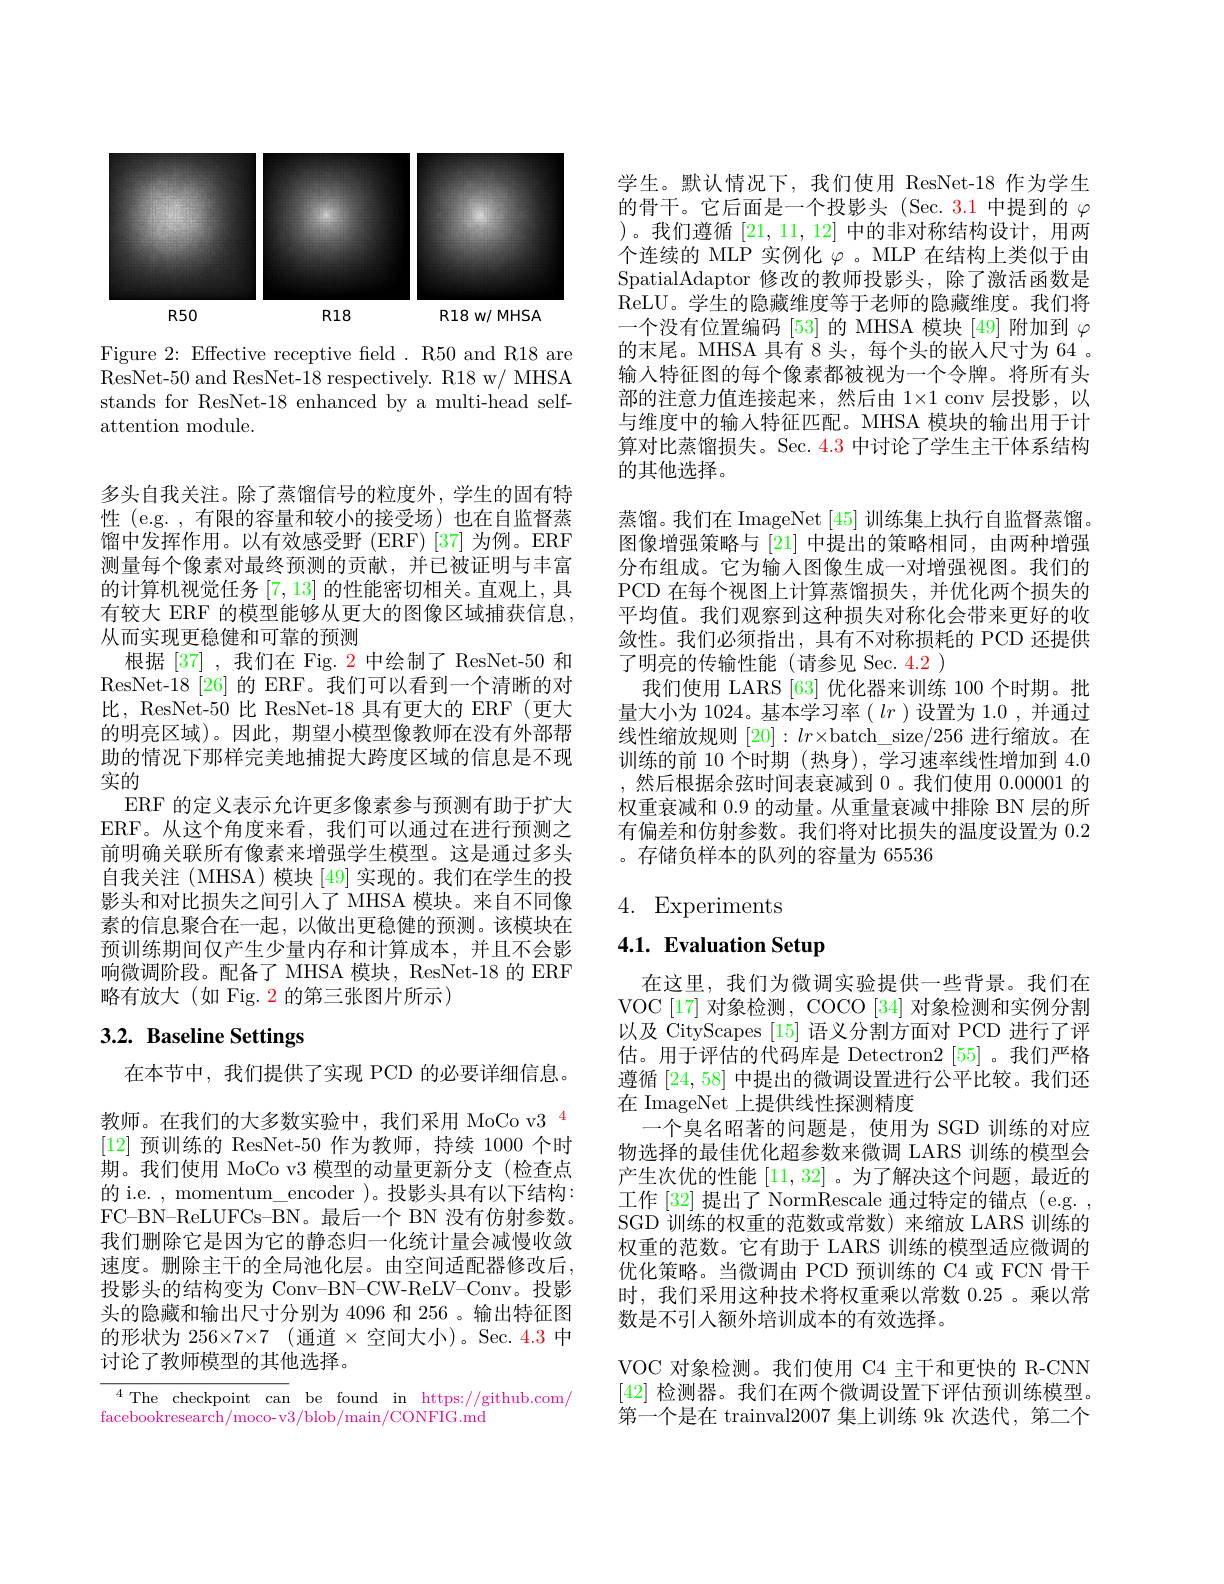
<FigureHere>

Figure 2: Effective receptive field. R50 and R18 are ResNet-50 and ResNet-18 respectively. R18 w/ MHSA stands for ResNet-18 enhanced by a multi-head selfattention module.

多头自我关注。除了蒸馏信号的粒度外，学生的固有特性 (e.g. ,有限的容量和较小的接受场)也在自监督蒸馏中发挥作用。以有效感受野(ERF)[37]为例。ERF 测量每个像素对最终预测的贡献，并已被证明与丰富的计算机视觉任务[7,13]的性能密切相关。直观上，具有较大 ERF 的模型能够从更大的图像区域捕获信息， 从而实现更稳健和可靠的预测
根据 [37] ,我们在 Fig. 2 中绘制了 ResNet-50 和ResNet-18[26] 的 ERF。我们可以看到一个清晰的对比，ResNet-50 比 ResNet-18 具有更大的 ERF (更大的明亮区域)。因此，期望小模型像教师在没有外部帮助的情况下那样完美地捕捉大跨度区域的信息是不现实的
ERF 的定义表示允许更多像素参与预测有助于扩大ERF。从这个角度来看，我们可以通过在进行预测之前明确关联所有像素来增强学生模型。这是通过多头自我关注 (MHSA) 模块 [49] 实现的。我们在学生的投影头和对比损失之间引入了 MHSA 模块。来自不同像素的信息聚合在一起，以做出更稳健的预测。该模块在预训练期间仅产生少量内存和计算成本，并且不会影响微调阶段。配备了 MHSA 模块，ResNet-18 的 ERF 略有放大(如 Fig. 2 的第三张图片所示)

# 3.2. Baseline Settings

在本节中，我们提供了实现 PCD 的必要详细信息。教师。在我们的大多数实验中，我们采用 MoCo v3 $^{\color{#c00}{4}}$ [12]预训练的 ResNet-50 作为教师，持续 1000 个时期。我们使用 MoCo v3 模型的动量更新分支 (检查点的 i.e. , momentum\_encoder )。投影头具有以下结构： FC-BN-ReLUFCs-BN。最后一个 BN 没有仿射参数。我们删除它是因为它的静态归一化统计量会减慢收敛速度。删除主干的全局池化层。由空间适配器修改后， 投影头的结构变为 Conv-BN-CW-ReLV-Conv。投影头的隐藏和输出尺寸分别为 4096 和 256 。输出特征图的形状为 256×7×7(通道×空间大小)。Sec. 4.3 中讨论了教师模型的其他选择。

$\overline{{^4\text{The}\:\mathrm{checkpoint}\:\mathrm{can}\:\mathrm{be}\:\mathrm{found}\:\mathrm{in}\:\mathrm{https:}//\mathrm{github.com/}}}$
facebookresearch/moco-v3/blob/main/CONFIG.md

学生。默认情况下，我们使用 ResNet-18 作为学生的骨干。它后面是一个投影头(Sec.3.1 中提到的$\varphi$ )。我们遵循[21,11,12]中的非对称结构设计，用两个连续的 MLP 实例化$\varphi$ 。MLP 在结构上类似于由SpatialAdaptor 修改的教师投影头，除了激活函数是ReLU。学生的隐藏维度等于老师的隐藏维度。我们将一个没有位置编码 [53] 的 MHSA 模块 [49] 附加到$\varphi$ 的末尾。MHSA 具有 8 头，每个头的嵌人尺寸为 64 。输入特征图的每个像素都被视为一个令牌。将所有头部的注意力值连接起来，然后由 1×1 conv 层投影，以与维度中的输入特征匹配。MHSA 模块的输出用于计算对比蒸馏损失。Sec. 4. 3 中讨论了学生主干体系结构的其他选择。
蒸馏。我们在 ImageNet [45] 训练集上执行自监督蒸馏。图像增强策略与[21]中提出的策略相同，由两种增强分布组成。它为输入图像生成一对增强视图。我们的PCD 在每个视图上计算蒸馏损失，并优化两个损失的平均值。我们观察到这种损失对称化会带来更好的收敛性。我们必须指出，具有不对称损耗的 PCD 还提供了明亮的传输性能(请参见 Sec. 4.2 )
我们使用 LARS [63] 优化器来训练 100 个时期。批量大小为 1024。基本学习率$(lr$ )设置为 1.0 , 并通过线性缩放规则$[20]:lr\times$batch\_size/256 进行缩放。在训练的前 10 个时期 (热身), 学习速率线性增加到 4.0 ,然后根据余弦时间表衰减到0 。我们使用0.00001的权重衰减和 0.9 的动量。从重量衰减中排除 BN 层的所有偏差和仿射参数。我们将对比损失的温度设置为0.2 。存储负样本的队列的容量为 65536

# 4. Experiments

# 4.1. Evaluation Setup

在这里，我们为微调实验提供一些背景。我们在VOC [17] 对象检测，COCO [34] 对象检测和实例分割以及 CityScapes [15]语义分割方面对 PCD 进行了评估。用于评估的代码库是 Detectron2 [55] 。我们严格遵循[24,58]中提出的微调设置进行公平比较。我们还在 ImageNet 上提供线性探测精度
一个臭名昭著的问题是，使用为 SGD 训练的对应物选择的最佳优化超参数来微调 LARS 训练的模型会产生次优的性能[11,32] 。为了解决这个问题，最近的工作 [32] 提出了 NormR$escale 通 过 特 定 的 锚 点 ( e. g. $, SGD 训练的权重的范数或常数)来缩放 LARS 训练的权重的范数。它有助于 LARS 训练的模型适应微调的优化策略。当微调由 PCD 预训练的 C4 或 FCN 骨干时，我们采用这种技术将权重乘以常数0.25。乘以常数是不引人额外培训成本的有效选择。
VOC 对象检测。我们使用 C4 主干和更快的 R-CNN [42]检测器。我们在两个微调设置下评估预训练模型。第一个是在 trainval2007 集上训练 9k 次迭代，第二个